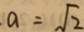
a = \sqrt { 2 }